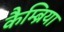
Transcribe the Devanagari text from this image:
कैम्ब्रिया